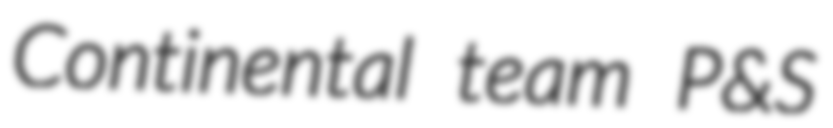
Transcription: Continental team P&S